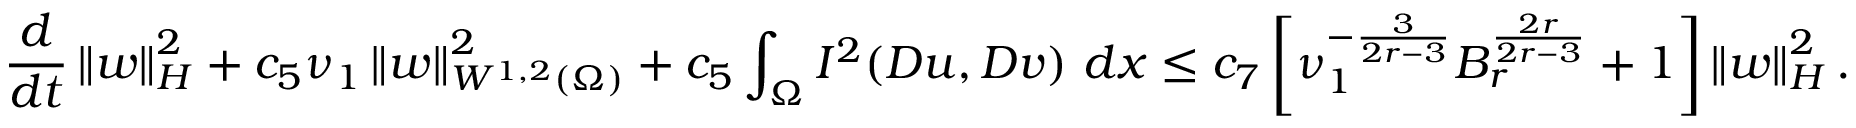
\frac { d } { d t } \left\lVert \boldsymbol { w } \right\rVert _ { H } ^ { 2 } + c _ { 5 } \nu _ { 1 } \left\lVert \boldsymbol { w } \right\rVert _ { W ^ { 1 , 2 } ( \Omega ) } ^ { 2 } + c _ { 5 } \int _ { \Omega } I ^ { 2 } ( \boldsymbol { D u } , \boldsymbol { D v } ) \ d x \leq c _ { 7 } \left[ \nu _ { 1 } ^ { - \frac { 3 } { 2 r - 3 } } B _ { r } ^ { \frac { 2 r } { 2 r - 3 } } + 1 \right] \left\lVert \boldsymbol { w } \right\rVert _ { H } ^ { 2 } .